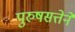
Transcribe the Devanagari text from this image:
पुरुषसत्तेने